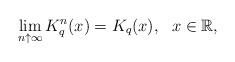
LaTeX: \begin{align*}\lim_{n \uparrow \infty} K^n_{q}(x) =K_q(x), \ \ x \in \mathbb R,\end{align*}